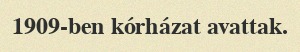
1909-ben kórházat avattak.